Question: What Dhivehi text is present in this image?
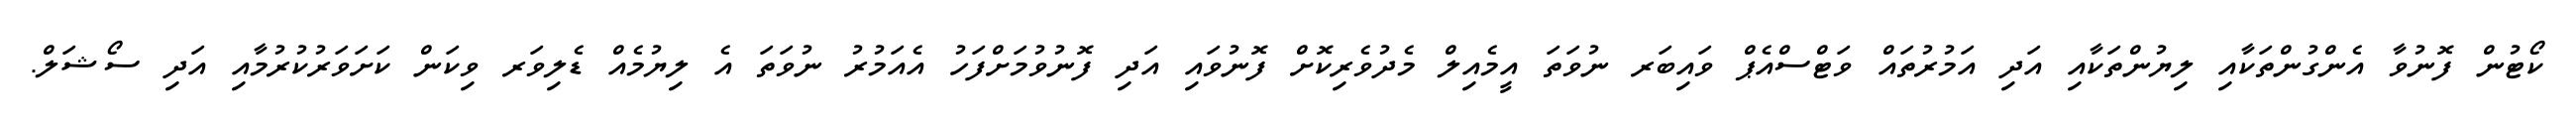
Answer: ކޯޓުން ފޮނުވާ އެންގުންތަކާއި ލިޔުންތަކާއި އަދި އަމުރުތައް ވަޓްސްއެޕް ވައިބަރ ނުވަތަ އީމެއިލް މެދުވެރިކޮށް ފޮނުވައި އަދި ފޮނުވުމަށްފަހު އެއަމުރު ނުވަތަ އެ ލިޔުމެއް ޑެލިވަރ ވިކަން ކަށަވަރުކުރުމާއި އަދި ސޯޝަލް.